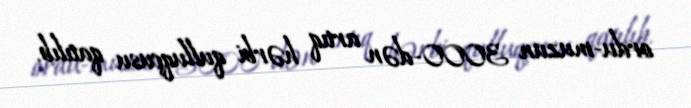
ordu-muzun 3000-dən artıq hərbi qulluqçusu qatılıb.